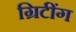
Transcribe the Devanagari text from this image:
ग्रिटींग